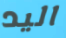
اليد